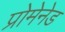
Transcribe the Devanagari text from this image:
प्रोमेनेड